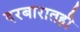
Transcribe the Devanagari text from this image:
दरबारातही